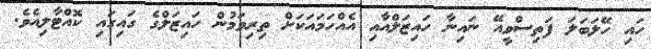
ހައި ހޭލަބަލަ ފަތިސްވީއޭ ނައިނާ ހައިޒަލްއާއި އެއްހަމައަކަށް ތިރިވަމުން ހައިޒަލްގެ ގައިގައި ކޮއްޓާލިއެވެ.